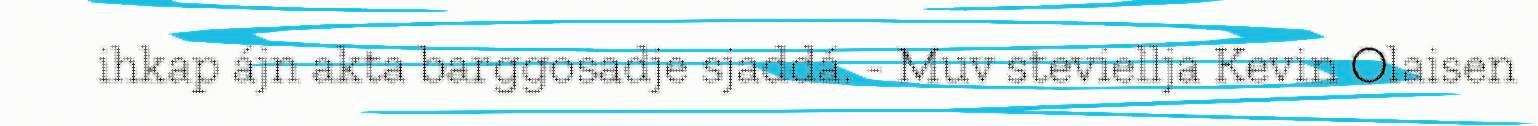
ihkap ájn akta barggosadje sjaddá. - Muv steviellja Kevin Olaisen